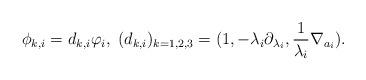
LaTeX: \begin{align*}\phi_{k,i}=d_{k,i}\varphi_{i},\;(d_{k,i})_{k=1,2,3}=(1,-\lambda_{i}\partial_{\lambda_{i}}, \frac{1}{\lambda_{i}}\nabla_{a_{i}}).\end{align*}